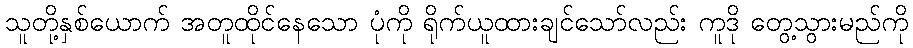
သူတို့နှစ်ယောက် အတူထိုင်နေသော ပုံကို ရိုက်ယူထားချင်သော်လည်း ကူဒို တွေ့သွားမည်ကို